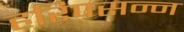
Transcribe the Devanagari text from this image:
हरिपसन्न